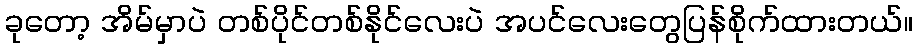
ခုတော့ အိမ်မှာပဲ တစ်ပိုင်တစ်နိုင်လေးပဲ အပင်လေးတွေပြန်စိုက်ထားတယ်။